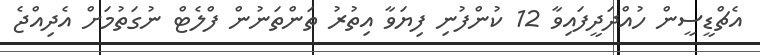
އެޗްޑީސީން ހުއްދަދީފައިވާ 12 ކުންފުނި ފިޔަވާ އިތުުރު ތަންތަނުން ފްލެޓް ނުގަތުމަށް އެދިއްޖެ